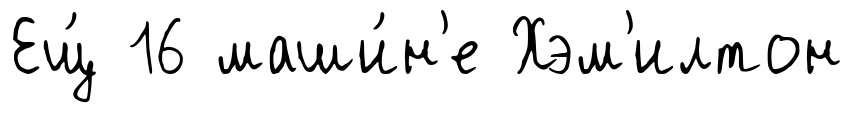
Ещ́ 16 маши́н'е Хэм'илтон